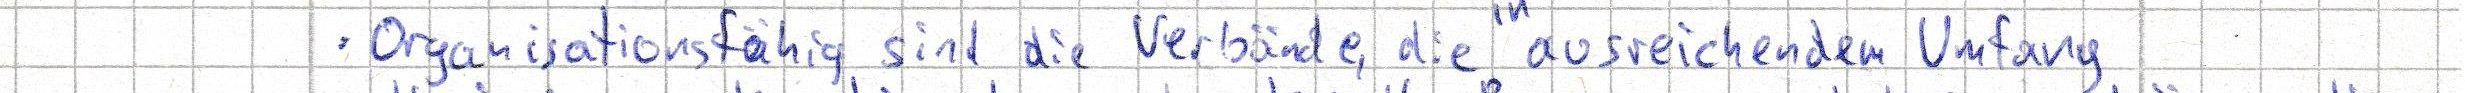
- Organisationsfähig sind die Verbände, die ausreichendem Umfang